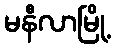
မနီလာမြို့